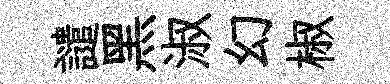
譴黑淑幻椒